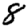
Digit: 8